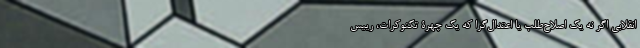
انقلابی اگر نه یک اصلاح‌طلب یا اعتدال‌گرا که یک چهرۀ تکنوکرات، رییس